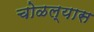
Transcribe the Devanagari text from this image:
चोळल्यास